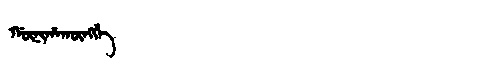
Manchu: ᡤᡡᠨᡳᡥᠠᡴᡡᠩᡤᡝ
Romanization: GŪNIHAKŪNGGE